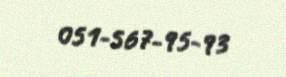
051-567-95-93